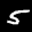
Label: 5